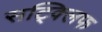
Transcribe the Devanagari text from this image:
सट्क्लिफ